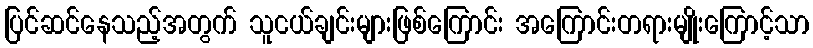
ပြင်ဆင်နေသည့်အတွက် သူငယ်ချင်းများဖြစ်ကြောင်း အကြောင်းတရားမျိုးကြောင့်သာ